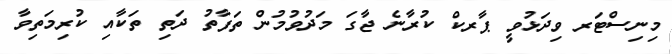
މިނިސްޓަރ ވިދަޅުވީ ޕާރކް ކުރާނެ ޖާގަ މަދުވުމުން ތަފާތު ދަތި ތަކާއި ކުރިމަތިވާ